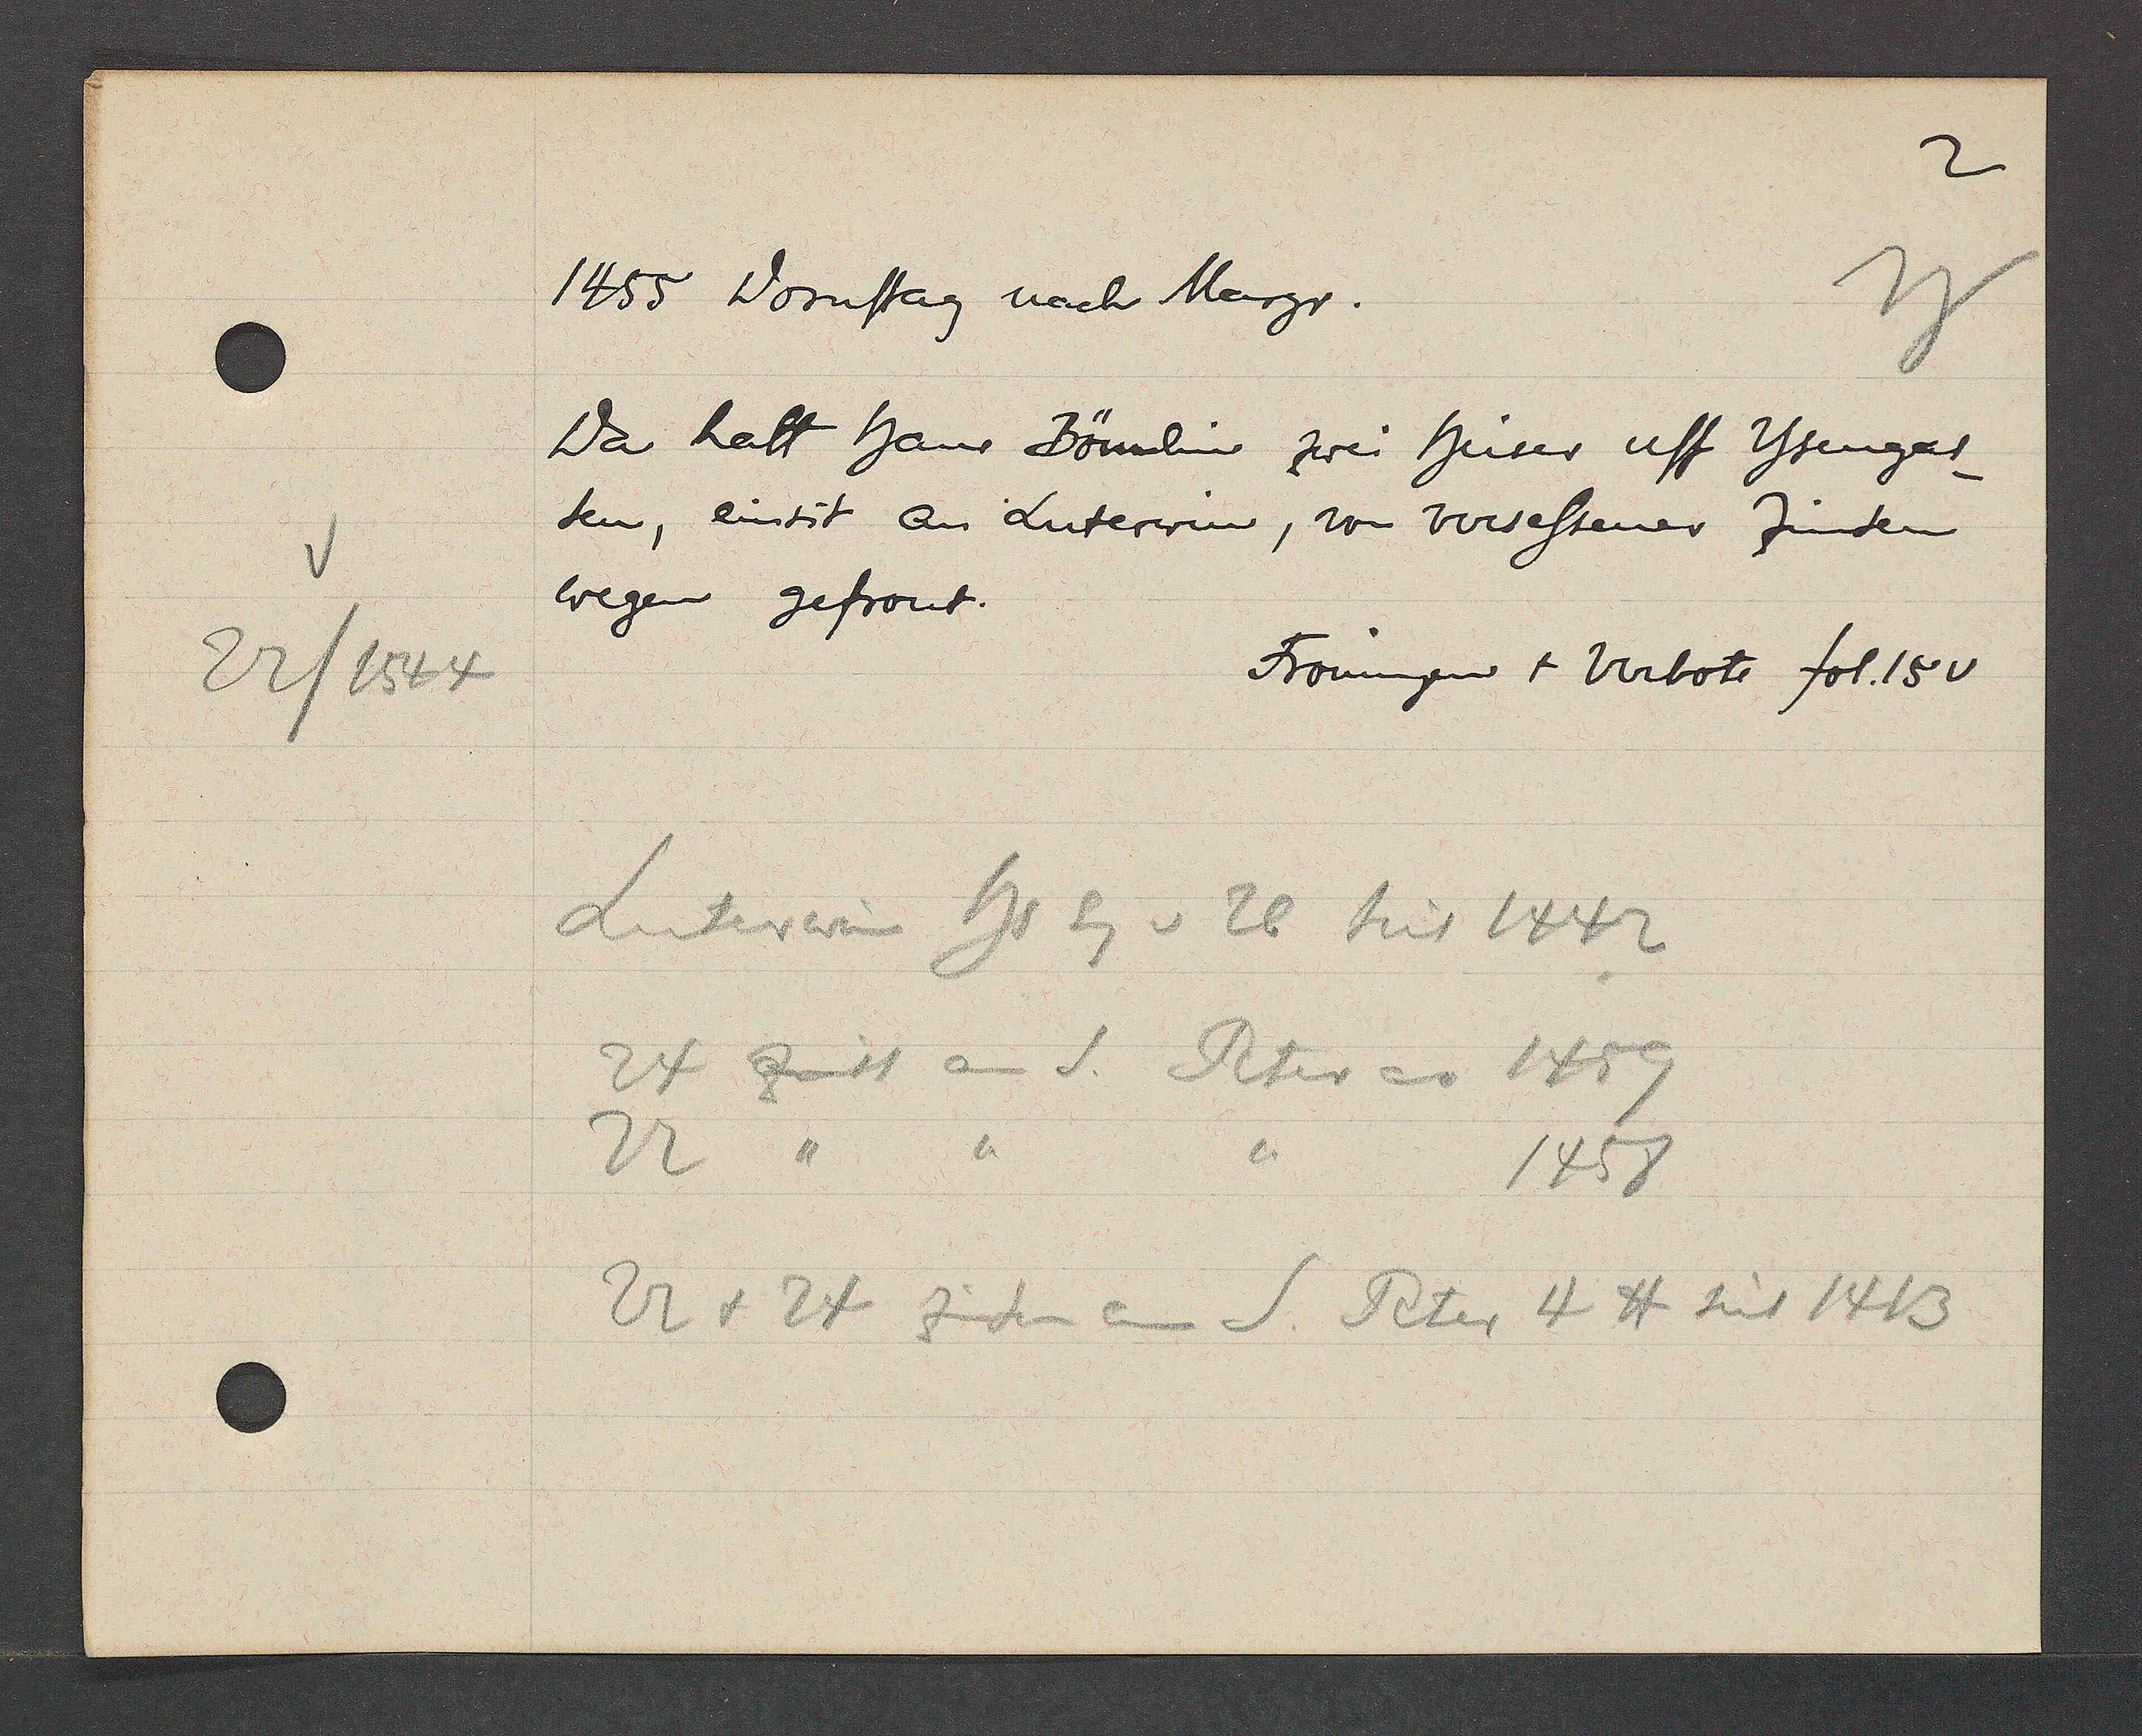
Transcript:
22/1544

1455 Dornstag nach Margr.
Da hatt Hans Bömlin zwei huser uff Ysengas-
sen, einsit an Luterwin, von versessener zinsen
wegen gefront.
Frönungen + Verbote fol.15v
Luterwin hs Eg v 26 seit 1442
24 zinst an S. Peter ao 1459
22 " " " 1458
22 + 24 zinsen an S. Peter 4 ℔ seit 1413